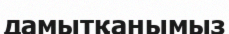
дамытқанымыз